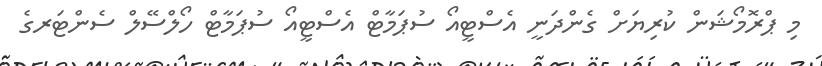
މި ޕްރޮމޯޝަން ކުރިޔަށް ގެންދަނީ އެސްޓީއޯ ސުޕަމާޓް އެސްޓީއޯ ސުޕަމާޓް ހޯލްސޭލް ސެންޓަރގެ